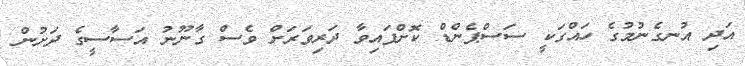
އަދި އުނގެނުމުގެ ހައްގަކީ ސަސްޕެންޑް ކޮށްފައިވާ ދަރިވަރަށް ވެސް ގާނޫނު އަސާސީގެ ދަށުން